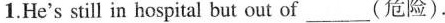
1.He's still in hospital but out of___(危险).